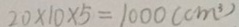
2 0 \times 1 0 \times 5 = 1 0 0 0 ( c m ^ { 3 } )